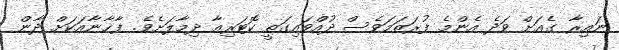
ނައިރާ ގެއަށް ވަދެ އެންމެ ފުރަތަމަވެސް ދުއްވައިގަތީ ކޮޓަރިއާ ދިމާލަށެވެ. ފާޚާނާއަކަށް ދާން